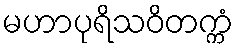
မဟာပုရိသဝိတက္ကံ